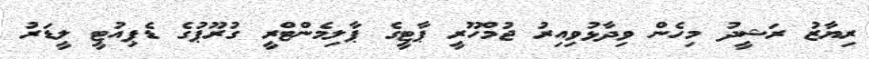
ރިޔާޒު ރަޝީދު މިހެން ވިދާޅުވިއިރު ޖުމްހޫރީ ޕާޓީގެ ޕާލިމެންޓްރީ ގުރޫޕުގެ ޑެޕިއުޓީ ލީޑަރު